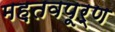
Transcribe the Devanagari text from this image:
मह़तवपूर्ण